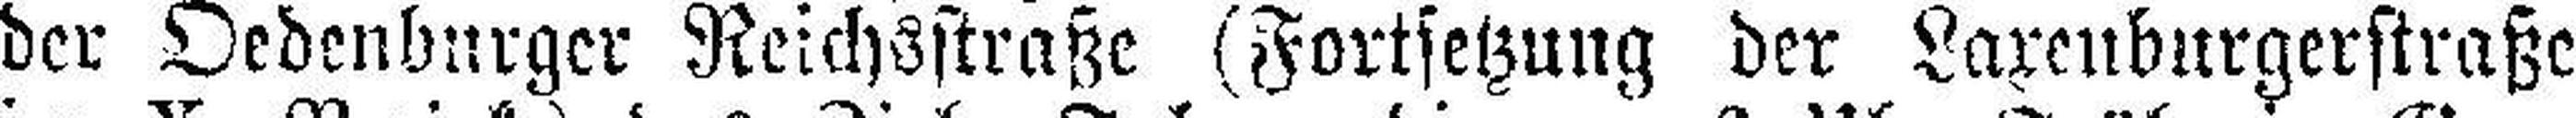
der Oedenburger Reichsstraße (Fortsetzung der Laxenburgerstraße